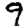
Digit: 9